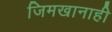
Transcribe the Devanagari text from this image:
जिमखानाही